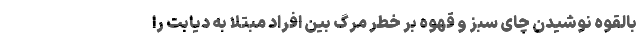
بالقوه نوشیدن چای سبز و قهوه بر خطر مرگ بین افراد مبتلا به دیابت را